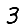
Digit: 3